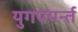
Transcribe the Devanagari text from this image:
युगपयर्न्त